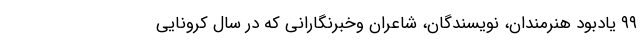
۹۹ یادبود هنرمندان، نویسندگان، شاعران وخبرنگارانی که در سال کروناییِ